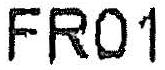
FR01